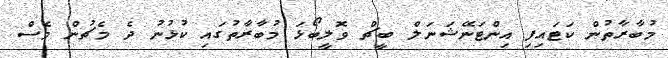
މުބާރާތުން ކަޓައިފި އިންޓަނޭޝަނަލް ބީޗް ވޮލީބޯޅަ މުބާރާތުގައި ކުޅުނު ދެ މެޗުން ވެސް